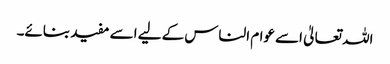
اللہ تعالیٰ اسے عوام الناس کے لیے اسے مفید بنائے۔